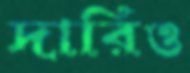
দারিও